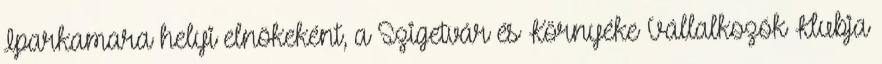
Iparkamara helyi elnökeként, a Szigetvár és Környéke Vállalkozók Klubja